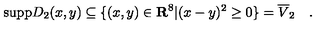
\mathrm { s u p p } D _ { 2 } ( x , y ) \subseteq \{ ( x , y ) \in { \bf { R } } ^ { 8 } | ( x - y ) ^ { 2 } \geq 0 \} = \overline { { V } } _ { 2 } \quad .